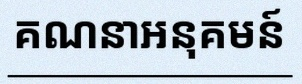
គណនាអនុគមន៍